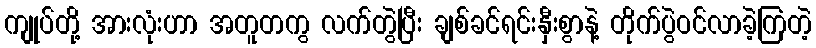
ကျုပ်တို့ အားလုံးဟာ အတူတကွ လက်တွဲပြီး ချစ်ခင်ရင်းနှီးစွာနဲ့ တိုက်ပွဲဝင်လာခဲ့ကြတဲ့